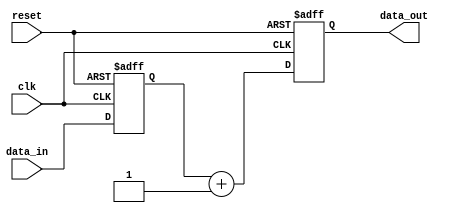
module sequential_logic (
    input wire clk,               // Clock signal
    input wire reset,             // Asynchronous reset signal
    input wire [7:0] data_in,     // Input data
    output reg [7:0] data_out     // Output data
);

    // Internal state variable
    reg [7:0] state;

    // Behavioral block with positive edge sensitivity
    always @(posedge clk or posedge reset) begin
        if (reset) begin
            // Reset condition: initialize state and output
            state <= 8'b00000000;  // Reset state
            data_out <= 8'b00000000; // Reset output
        end else begin
            // Sequential logic: update state and output
            state <= data_in;       // Update state with input data
            data_out <= state + 1;  // Increment the state for output
        end
    end

endmodule